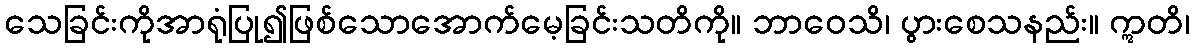
သေခြင်းကိုအာရုံပြု၍ဖြစ်သောအောက်မေ့ခြင်းသတိကို။ ဘာဝေသိ၊ ပွားစေသနည်း။ ဣတိ၊